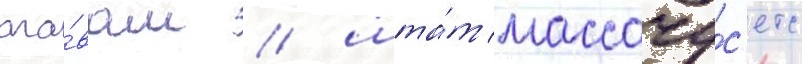
ага́вам / шта́т массачу́с'етс